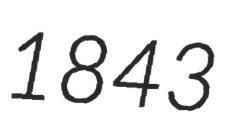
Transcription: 1843